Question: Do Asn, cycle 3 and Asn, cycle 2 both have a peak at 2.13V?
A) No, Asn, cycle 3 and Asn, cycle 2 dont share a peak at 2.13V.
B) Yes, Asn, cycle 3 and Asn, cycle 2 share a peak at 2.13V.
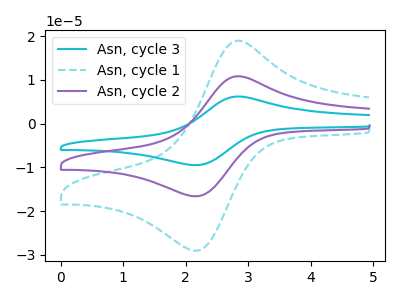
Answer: <think>The cyan curve "Asn, cycle 3" has an anodic peak at (2.80V, 21.45uA) and a cathodic peak at (2.15V, -33.20uA). The cyan dashed curve "Asn, cycle 1" has an anodic peak at (2.80V, 18.75uA) and a cathodic peak at (2.15V, -29.05uA). The purple curve "Asn, cycle 2" has an anodic peak at (2.80V, 10.75uA) and a cathodic peak at (2.15V, -16.60uA).</think>
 <answer>B) Yes, "Asn, cycle 3" and "Asn, cycle 2" share a peak at 2.13V.</answer>
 <eval>B</eval>